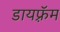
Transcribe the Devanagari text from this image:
डायफ़्रॅम